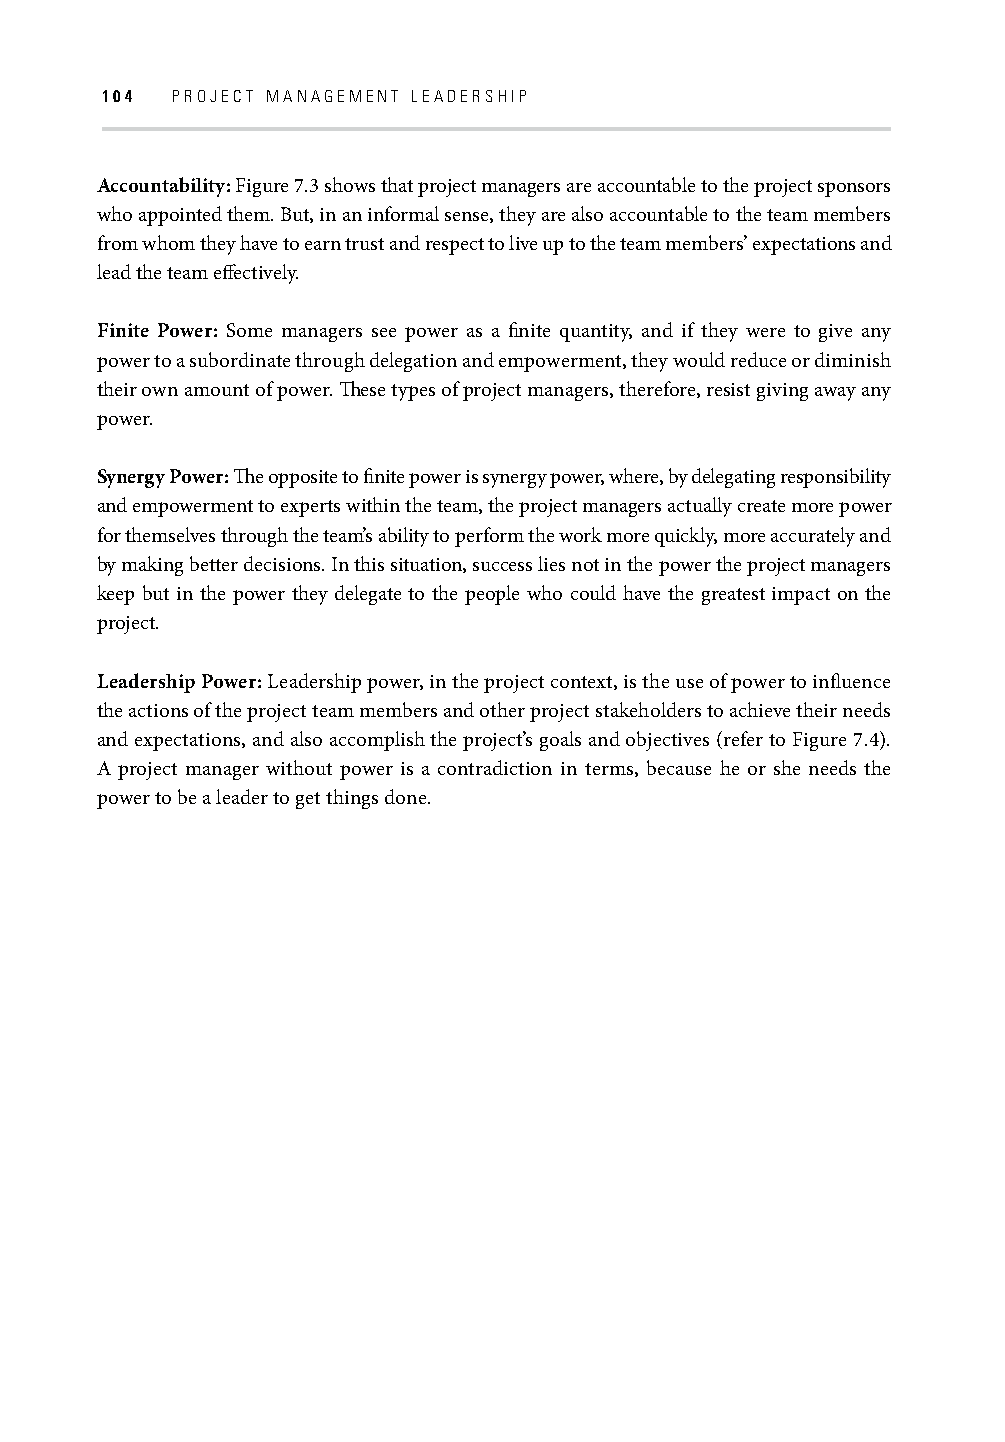
104 PROJECT MANAGEMENT LEADERSHIP
 Accountability: Figure 7.3 shows that project managers are accountable to the project sponsors
 who appointed them. But, in an informal sense, they are also accountable to the team members
 from whom they have to earn trust and respect to live up to the team members’ expectations and
 lead the team eff ectively.
 Finite Power: Some managers see power as a fi nite quantity, and if they were to give any
 power to a subordinate through delegation and empowerment, they would reduce or diminish
 their own amount of power. Th ese types of project managers, therefore, resist giving away any
 power.
 Synergy Power: Th e opposite to fi nite power is synergy power, where, by delegating responsibility
 and empowerment to experts within the team, the project managers actually create more power
 for themselves through the team’s ability to perform the work more quickly, more accurately and
 by making better decisions. In this situation, success lies not in the power the project managers
 keep but in the power they delegate to the people who could have the greatest impact on the
 project.
 Leadership Power: Leadership power, in the project context, is the use of power to infl uence
 the actions of the project team members and other project stakeholders to achieve their needs
 and expectations, and also accomplish the project’s goals and objectives (refer to Figure 7.4).
 A project manager without power is a contradiction in terms, because he or she needs the
 power to be a leader to get things done.